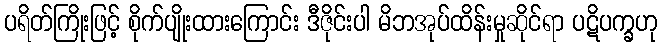
ပရိတ်ကြိုးဖြင့် စိုက်ပျိုးထားကြောင်း ဒီဇိုင်းပါ မိဘအုပ်ထိန်းမှုဆိုင်ရာ ပဋိပက္ခဟု